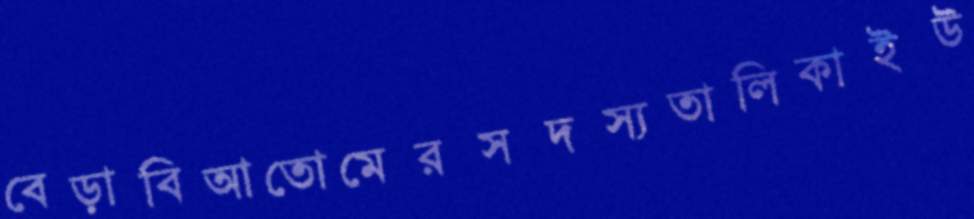
বেড়াবিআতোমেরসদস্যতালিকাইউ